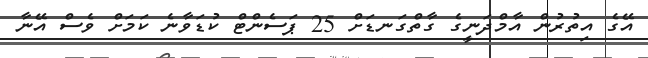
އޭގެ އިތުރުން އާމްދަނީގެ ގާތްގަނޑަށް 25 ޕަސެންޓް ކުޑަވާނެ ކަމަށް ވެސް އޭނާ